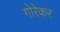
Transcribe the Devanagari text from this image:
गोरेकर